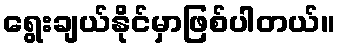
ရွေးချယ်နိုင်မှာဖြစ်ပါတယ်။